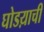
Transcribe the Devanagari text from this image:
घोडय़ाची